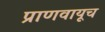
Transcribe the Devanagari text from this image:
प्राणवायूच